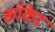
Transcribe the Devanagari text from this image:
कॉकेट